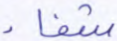
شفاء